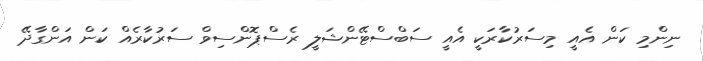
ނިންމި ކަން އެއީ މިސަރުކާރަކީ އެއީ ސަބްސްޓޭންޝަލީ ރެސްޕޮންސިވް ސަރުކާރެއް ކަން އަންގާދޭ